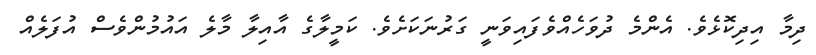
ދިމާ އިދިކޮޅެވެ. އެންމެ ދުވަހެއްވެފައިވަނީ ގަރުނަކަށެވެ. ކަމީލާގެ އާއިލާ މާލެ އައުމުންވެސް އުފަލެއް